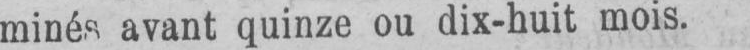
minés avant quinze ou dix-huit mois.